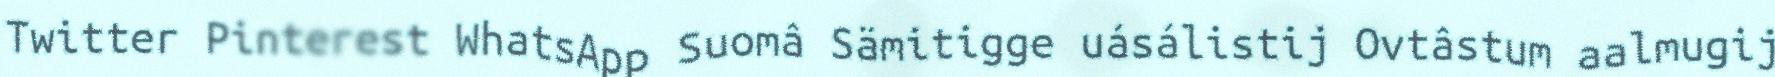
Twitter Pinterest WhatsApp Suomâ Sämitigge uásálistij Ovtâstum aalmugij